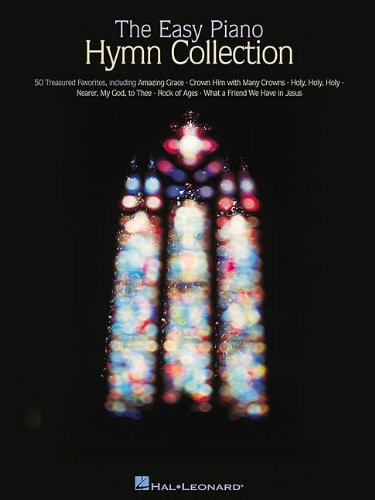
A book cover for The Easy Piano Hymn Collection (Easy Piano (Hal Leonard)); Christian Books & Bibles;